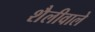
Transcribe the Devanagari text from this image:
शैलीवाले